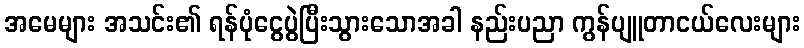
အမေများ အသင်း၏ ရန်ပုံငွေပွဲပြီးသွားသောအခါ နည်းပညာ ကွန်ပျူတာငယ်လေးများ